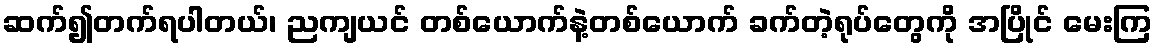
ဆက်၍တက်ရပါတယ်၊ ညကျယင် တစ်ယောက်နဲ့တစ်ယောက် ခက်တဲ့ရုပ်တွေကို အပြိုင် မေးကြ